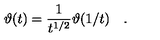
\vartheta ( t ) = \frac { 1 } { t ^ { 1 / 2 } } \vartheta ( 1 / t ) \quad .